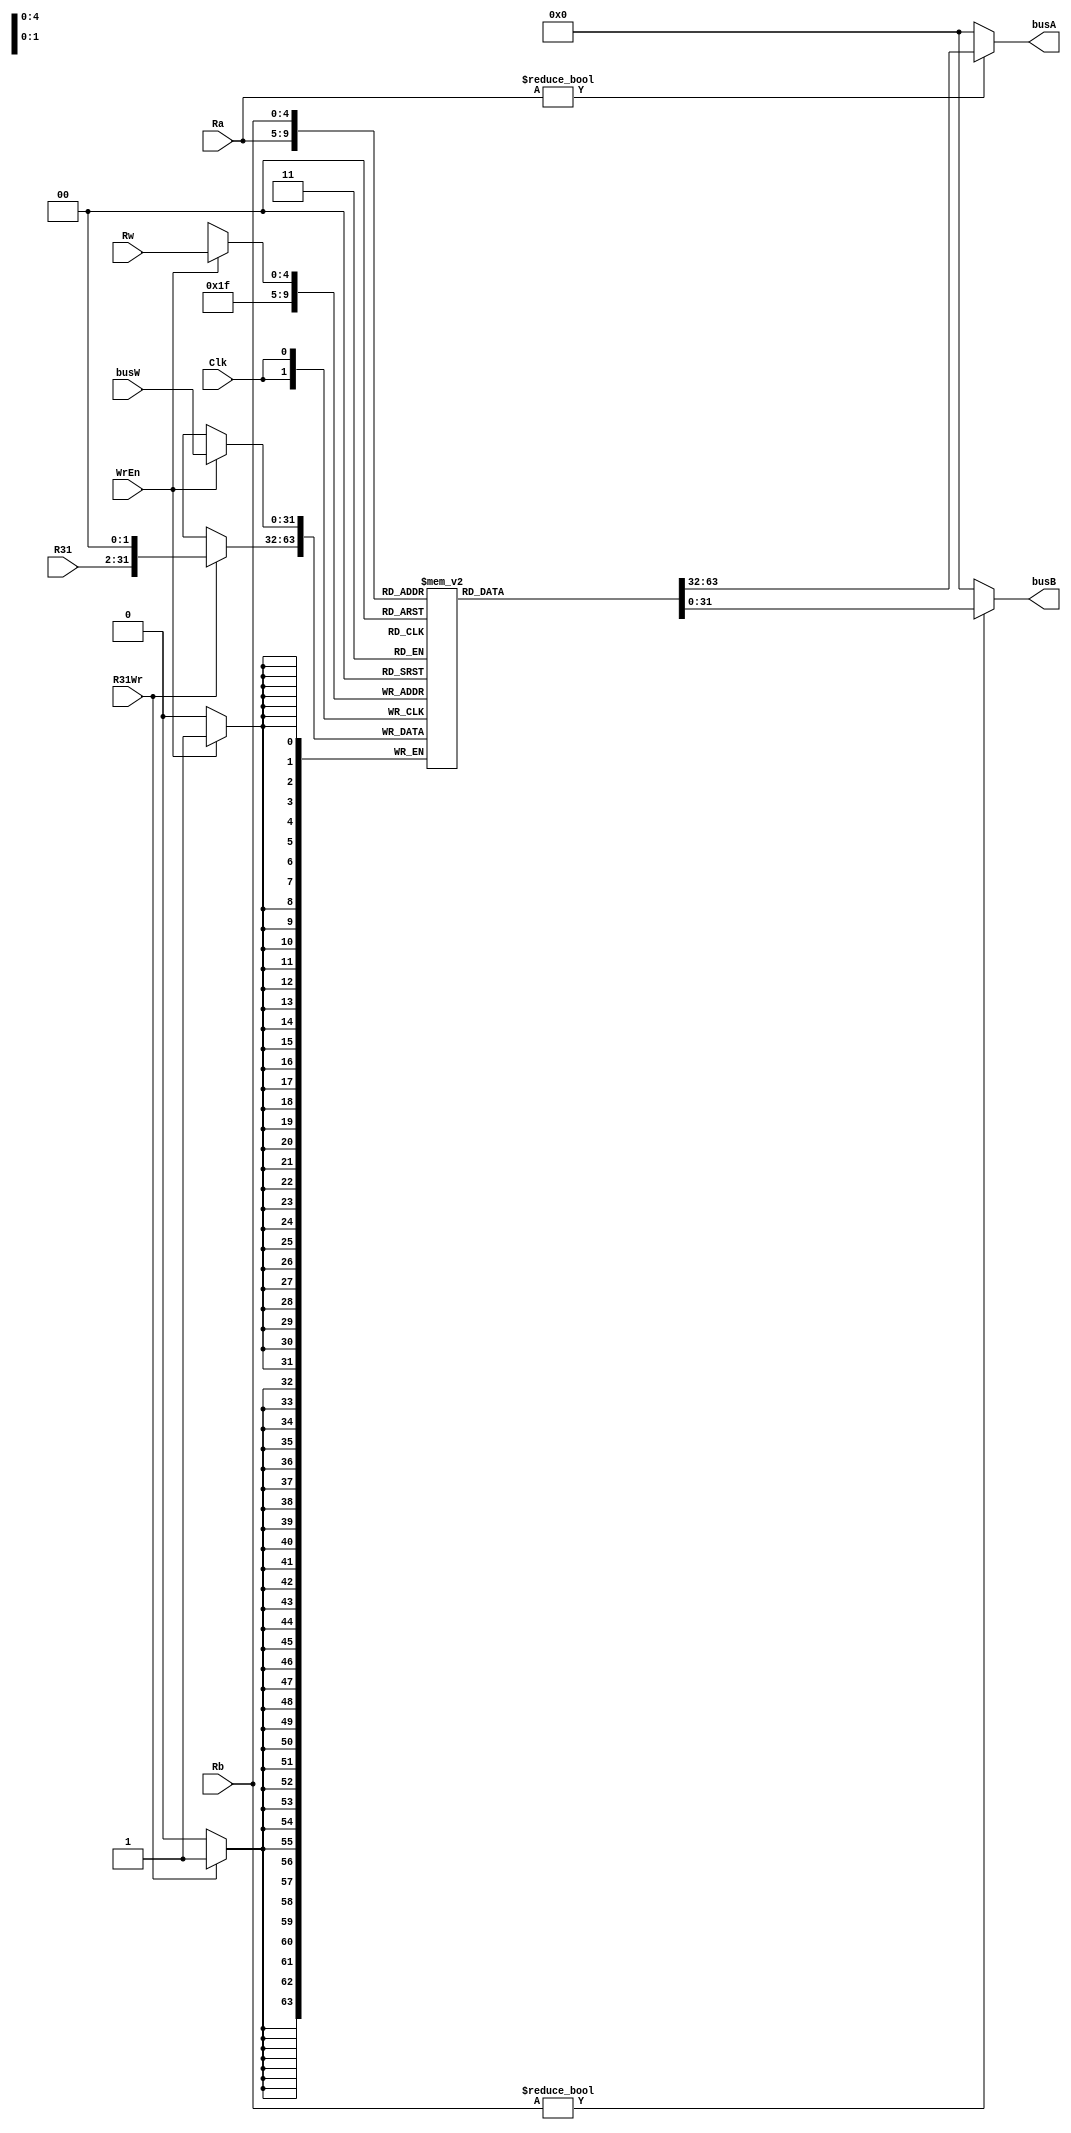

module rf(Clk,WrEn,Ra,Rb,Rw,busW,busA,busB,R31Wr,R31);
	input 			Clk;
	input 			WrEn;
	input  [4:0]	Ra,Rb,Rw;
	input  [31:0]	busW;
	input  			R31Wr;
	input  [31:2]   R31;

	output [31:0]	busA,busB;
	reg    [31:0] 	R[0:31];

	integer i;
	initial begin		
		for (i=0;i<32;i=i+1) R[i] = 0;
		//R[8] =  32'd5;
		//R[9] =  32'd1;
		//R[10] = 32'b0;
		//R[11] = 32'b0;
		//R[12] = 32'd2;
	end
	always @(negedge Clk)	begin//Rw31
		if(WrEn)  R[Rw] <= busW;	//
		if(R31Wr) R[31] <= {R31, 2'b0};
		//$display(ex_Ra);
		//$display(R[ex_Ra]);
	end

	assign busA = (Ra != 5'd0)? R[Ra]: 32'd0;
	assign busB = (Rb != 5'd0)? R[Rb]: 32'd0;
endmodule